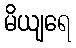
မိယျရေ